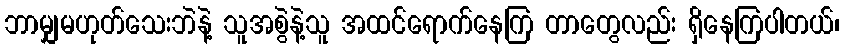
ဘာမျှမဟုတ်သေးဘဲနဲ့ သူအစွဲနဲ့သူ အထင်ရောက်နေကြ တာတွေလည်း ရှိနေကြပါတယ်၊